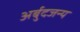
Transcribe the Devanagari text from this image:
अर्बुदजन्य